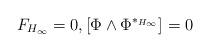
LaTeX: \begin{align*}F_{H_\infty} =0, [\Phi \wedge \Phi^{\ast_{H_\infty}}]=0\end{align*}